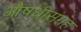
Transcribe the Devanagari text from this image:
औषधीसंग्रह